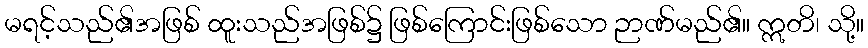
မရင့်သည်၏အဖြစ် ထူးသည်အဖြစ်၌ ဖြစ်ကြောင်းဖြစ်သော ဉာဏ်မည်၏။ ဣတိ၊ သို့။